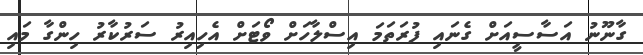
ގާނޫނު އަސާސީއަށް ގެނައި ފުރަތަމަ އިސްލާހަށް ވޯޓަށް އެހިއިރު ސަރުކާރު ހިންގާ މައި